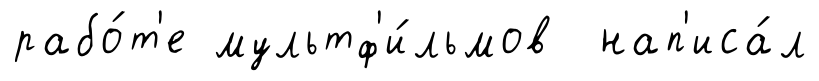
рабо́т'е мультф'и́льмов нап'иса́л